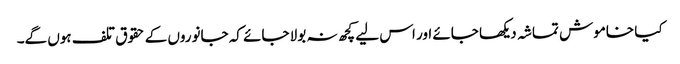
کیا خاموش تماشہ دیکھا جائے اور اس لیے کچھ نہ بولا جائے کہ جانوروں کے حقوق تلف ہوں گے۔